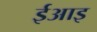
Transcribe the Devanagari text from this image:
ईआइ